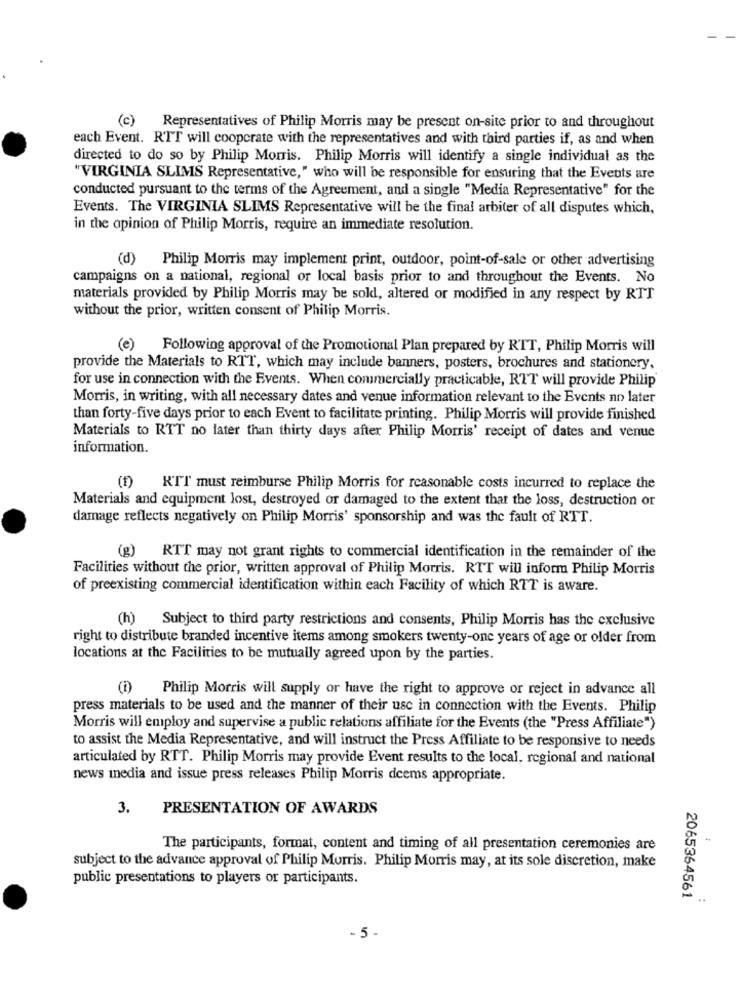
(c) Representatives of Philip Morris may be present on-site prior to and throughout
each Event. RTT will cooperate with the representatives and with third parties if, as and when
directed to do so by Philip Morris. Philip Morris will identify a single individual as the
"VIRGINIA SLIMS Representative," who will be responsible for ensuring that the Events are
conducted pursuant to the terms of the Agreement, and a single "Media Representative" for the
Events. The VIRGINIA SLIMS Representative will be the final arbiter of all disputes which,
in the opinion of Philip Morris, require an immediate resolution.
(d) Philip Morris may implement print, outdoor, point-of-sale or other advertising
campaigns on a national, regional or local basis prior to and throughout the Events. No
materials provided by Philip Morris may be sold, altered or modified in any respect by RTT
without the prior, written consent of Philip Morris.
(e)
Following approval of the Promotional Plan prepared by RTT, Philip Morris will
provide the Materials to RTT, which may include banners, posters, brochures and stationery,
for use in connection with the Events. When commercially practicable, RTT will provide Philip
Morris, in writing, with all necessary dates and venue information relevant to the Events no later
than forty-five days prior to each Event to facilitate printing. Philip Morris will provide finished
Materials to RTT no later than thirty days after Philip Morris' receipt of dates and venue
information.
(1)
RTI must reimburse Philip Morris for reasonable costs incurred to replace the
Materials and equipment lost, destroyed or damaged to the extent that the loss, destruction or
damage reflects negatively on Philip Morris' sponsorship and was the fault of RTT.
(g) RTT may not grant rights to commercial identification in the remainder of the
Facilities without the prior, written approval of Philip Morris. RTT will inform Philip Morris
of preexisting commercial identification within each Facility of which RTT is aware.
(h) Subject to third party restrictions and consents, Philip Morris has the exclusive
right to distribute branded incentive items among smokers twenty-one years of age or older from
locations at the Facilities to be mutually agreed upon by the parties.
(i) Philip Morris will supply or have the right to approve or reject in advance all
press materials to be used and the manner of their use in connection with the Events. Philip
Morris will employ and supervise a public relations affiliate for the Events (the "Press Affiliate")
to assist the Media Representative, and will instruct the Press Affiliate to be responsive to needs
articulated by RTT. Philip Morris may provide Event results to the local, regional and national
news media and issue press releases Philip Morris deems appropriate.
3.
PRESENTATION OF AWARDS
The participants, format, content and timing of all presentation ceremonies are
subject to the advance approval of Philip Morris. Philip Morris may, at its sole discretion, make
public presentations to players or participants.
:
..
2065364561
-5-